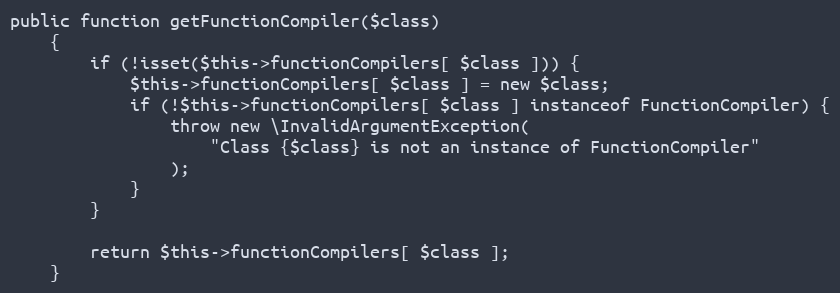
Language: PHP
public function getFunctionCompiler($class)
    {
        if (!isset($this->functionCompilers[ $class ])) {
            $this->functionCompilers[ $class ] = new $class;
            if (!$this->functionCompilers[ $class ] instanceof FunctionCompiler) {
                throw new \InvalidArgumentException(
                    "Class {$class} is not an instance of FunctionCompiler"
                );
            }
        }

        return $this->functionCompilers[ $class ];
    }